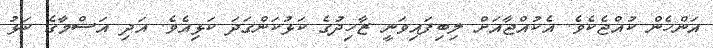
އަންހެން ކުއްޖެކެވެ. އެކުއްޖާއަށް ލިބިފައިވަނީ ޒާހިދުގެ ކަޅުކަންގަދަ ކަޅިއެވެ. އަދި އަސްމާގެ ކަޅު